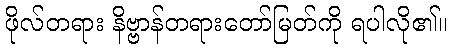
ဖိုလ်တရား နိဗ္ဗာန်တရားတော်မြတ်ကို ရပါလို၏။